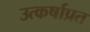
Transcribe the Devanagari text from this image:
उत्कर्षाप्रत